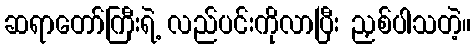
ဆရာတော်ကြီးရဲ့ လည်ပင်းကိုလာပြီး ညှစ်ပါသတဲ့။